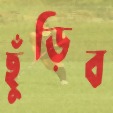
ছুঁড়িব